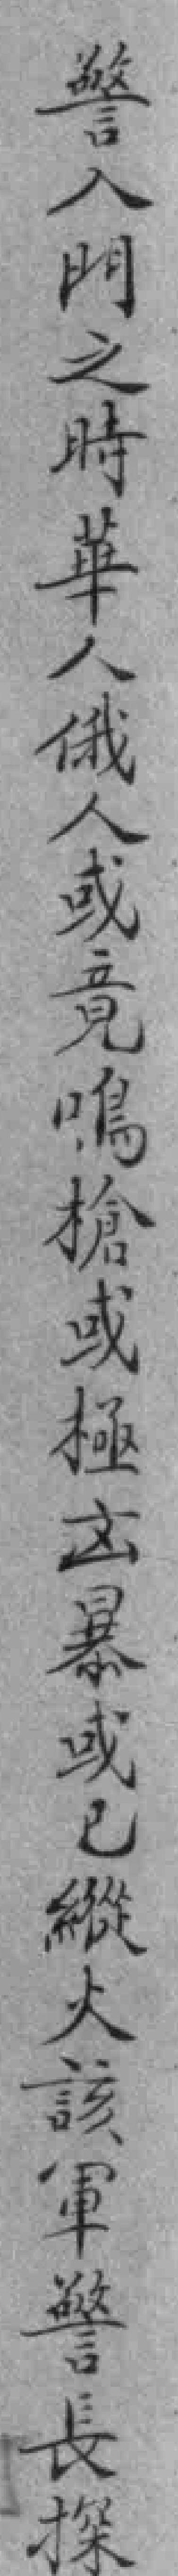
警入門之時華人俄人或竟鳴槍或極㐫暴或已縱火該軍警長探